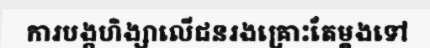
ការបង្កហិង្សាលើជនរងគ្រោះតែម្តងទៅ